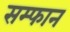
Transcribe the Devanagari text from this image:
सम्फान